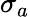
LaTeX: \sigma_{a}